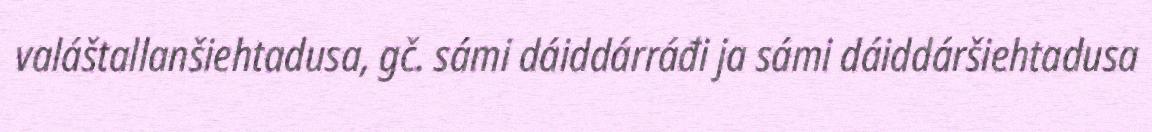
valáštallanšiehtadusa, gč. sámi dáiddárráđi ja sámi dáiddáršiehtadusa